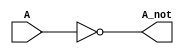
`timescale 1ns / 1ps
//////////////////////////////////////////////////////////////////////////////////
// Company: 
// Engineer: 
// 
// Design Name: 
// Module Name: inverter
// Project Name: 
// Target Devices: 
// Tool Versions: 
// Description: 
// 
// Dependencies: 
// 
// Revision:
// Revision 0.01 - File Created
// Additional Comments:
// 
//////////////////////////////////////////////////////////////////////////////////


module inverter (A,A_not);
//ports dimensions, size

input A;
output A_not;

//define the logic, verilog description

not not1(A_not,A);

endmodule